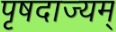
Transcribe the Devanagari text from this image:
पृषदाज्यम्